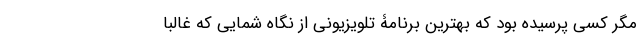
مگر کسی پرسیده بود که بهترین برنامۀ تلویزیونی از نگاه شمایی که غالبا